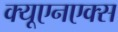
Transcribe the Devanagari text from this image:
क्यूएनएक्स